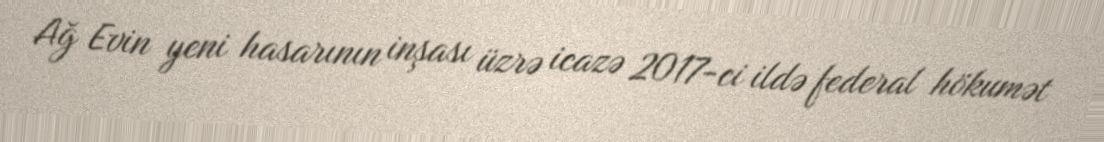
Ağ Evin yeni hasarının inşası üzrə icazə 2017-ci ildə federal hökumət